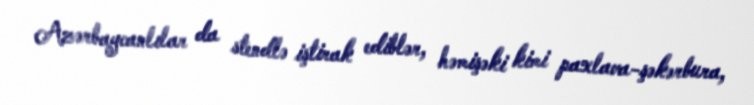
Azərbaycanlılar da stendlə iştirak ediblər, həmişəki kimi paxlava-şəkərbura,